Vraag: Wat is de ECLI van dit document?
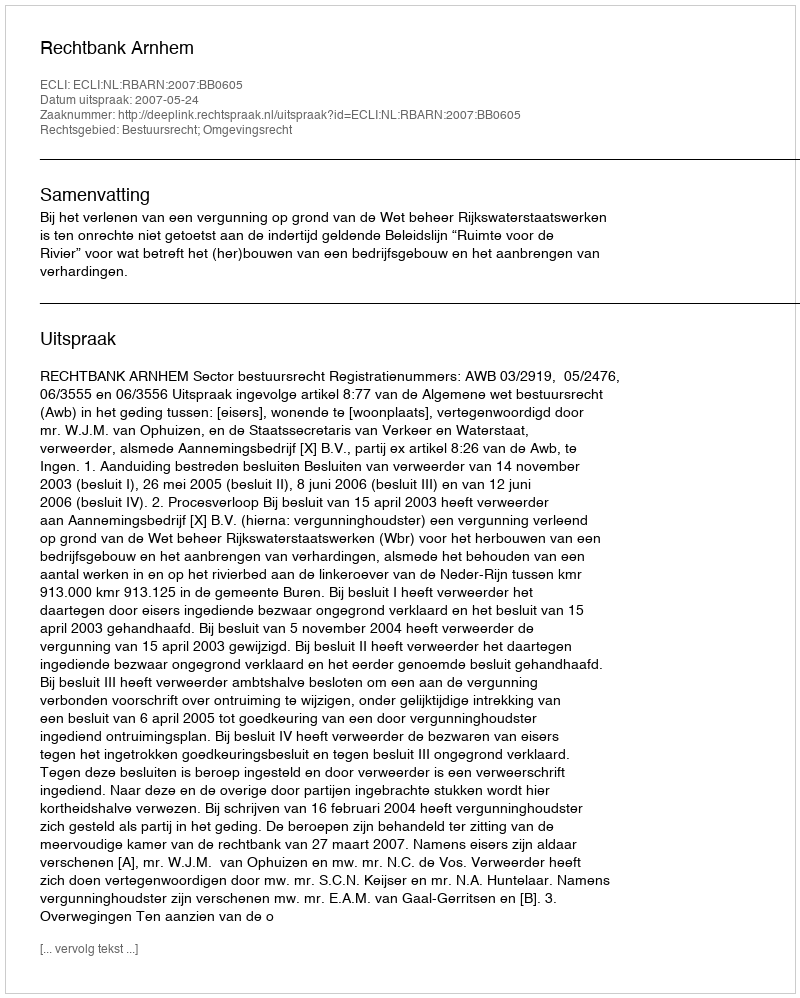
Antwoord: ECLI:NL:RBARN:2007:BB0605